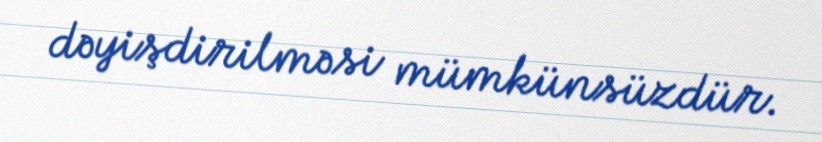
dəyişdirilməsi mümkünsüzdür.